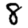
Digit: 8